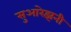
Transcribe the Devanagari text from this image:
सुआरेझनी